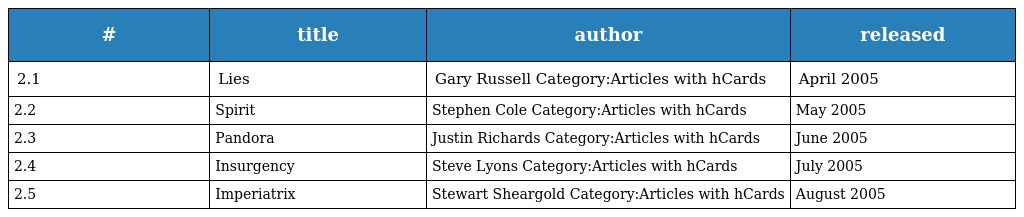
| # | title | author | released |
 | --- | --- | --- | --- |
 | 2.1 | Lies | Gary Russell Category:Articles with hCards | April 2005 |
 | 2.2 | Spirit | Stephen Cole Category:Articles with hCards | May 2005 |
 | 2.3 | Pandora | Justin Richards Category:Articles with hCards | June 2005 |
 | 2.4 | Insurgency | Steve Lyons Category:Articles with hCards | July 2005 |
 | 2.5 | Imperiatrix | Stewart Sheargold Category:Articles with hCards | August 2005 |